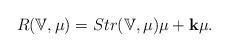
LaTeX: \begin{align*} R( \mathbb V, \mu) = Str( \mathbb V, \mu)\mu + {\bf k} \mu.\end{align*}